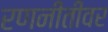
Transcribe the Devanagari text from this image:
रणनीतीवर